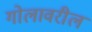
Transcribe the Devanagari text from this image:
गोलावरील